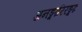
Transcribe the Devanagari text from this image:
अनङ्गारिरङ्गाः